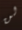
لن